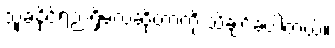
သူခံနိုင်ရည်ရှိမလဲဆိုတာကို သိချင်ခဲ့ပါတယ်။